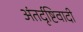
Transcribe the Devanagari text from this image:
अंतर्दृष्टिवादी